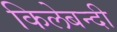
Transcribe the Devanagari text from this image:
किलेबन्‍दी